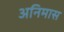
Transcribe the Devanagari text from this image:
अनिमास